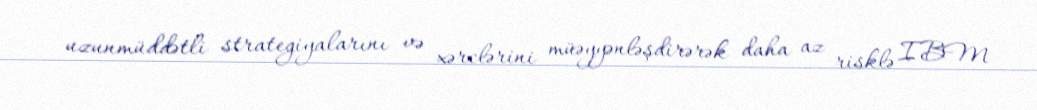
uzunmüddətli strategiyalarını və xərclərini müəyyənləşdirərək daha az risklə IBM